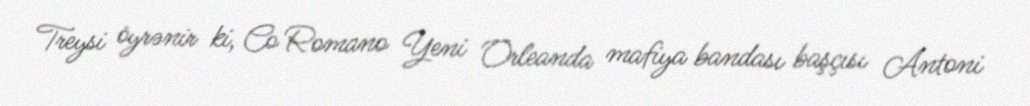
Treysi öyrənir ki, Co Romano Yeni Orleanda mafiya bandası başçısı Antoni